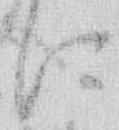
に